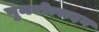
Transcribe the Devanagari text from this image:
पुनरोत्पादन